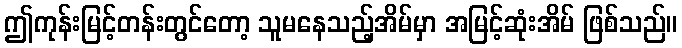
ဤကုန်းမြင့်တန်းတွင်တော့ သူမနေသည့်အိမ်မှာ အမြင့်ဆုံးအိမ် ဖြစ်သည်။